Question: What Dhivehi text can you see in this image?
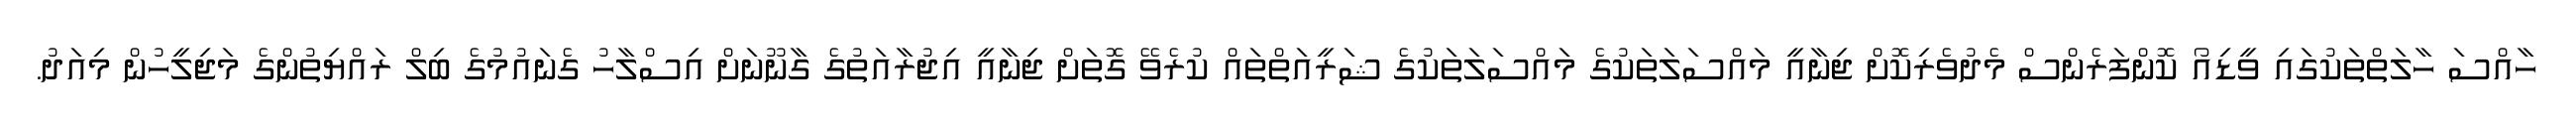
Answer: ހާއްސަ ހާލަތްތަކުގައި ވީޑިއޯ ކޮންފަރެންސް މެދުވެރިކޮށް ޖިނާއީ މައްސަލަތަކުގެ މައްސަލަތަކުގެ ޝަރީއަތްތައް ކުރެވޭ ގޮތަށް ޖިނާއީ އިޖުރާއަތުގެ ގާނޫނަށް އިސްލާހު ގެނައުމުގެ ބިލް ރައްޔިތުންގެ މަޖިލީހުން މިއަދު.